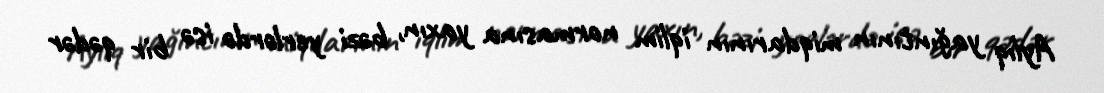
Aylıq yağıntının miqdarının iqlim normasına yaxın, bəzi yerlərdə isə bir qədər